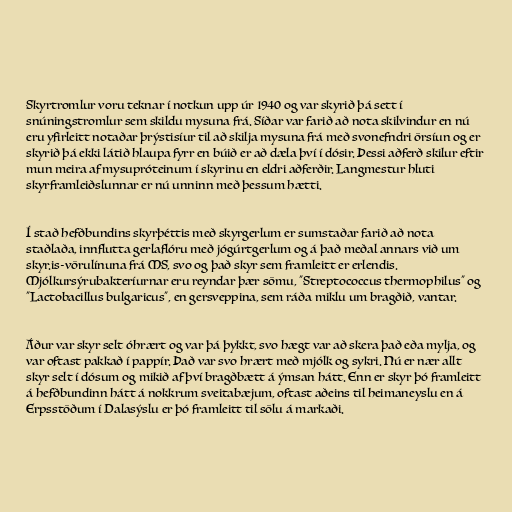
Skyrtromlur voru teknar í notkun upp úr 1940 og var skyrið þá sett í
snúningstromlur sem skildu mysuna frá. Síðar var farið að nota skilvindur en nú
eru yfirleitt notaðar þrýstisíur til að skilja mysuna frá með svonefndri örsíun og er
skyrið þá ekki látið hlaupa fyrr en búið er að dæla því í dósir. Þessi aðferð skilur eftir
mun meira af mysupróteinum í skyrinu en eldri aðferðir. Langmestur hluti
skyrframleiðslunnar er nú unninn með þessum hætti.

Í stað hefðbundins skyrþéttis með skyrgerlum er sumstaðar farið að nota
staðlaða, innflutta gerlaflóru með jógúrtgerlum og á það meðal annars við um
skyr.is-vörulínuna frá MS, svo og það skyr sem framleitt er erlendis.
Mjólkursýrubakteríurnar eru reyndar þær sömu, "Streptococcus thermophilus" og
"Lactobacillus bulgaricus", en gersveppina, sem ráða miklu um bragðið, vantar.

Áður var skyr selt óhrært og var þá þykkt, svo hægt var að skera það eða mylja, og
var oftast pakkað í pappír. Það var svo hrært með mjólk og sykri. Nú er nær allt
skyr selt í dósum og mikið af því bragðbætt á ýmsan hátt. Enn er skyr þó framleitt
á hefðbundinn hátt á nokkrum sveitabæjum, oftast aðeins til heimaneyslu en á
Erpsstöðum í Dalasýslu er þó framleitt til sölu á markaði.